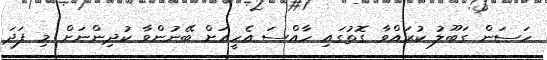
ހަސަން ގަބޫލު ކުރައްވާ ގޮތުގައި ހާއްސަ އެހީއަށް ބޭނުންވާ ކުދިންނަށް މި ފަދަ